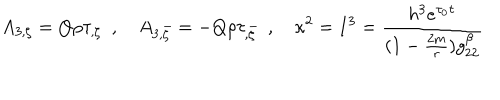
A _ { 3 , \zeta } = Q \rho \tau _ { , \zeta } \ \ , A _ { 3 , \bar { \zeta } } = - Q \rho \tau _ { , \bar { \zeta } } \ \ , \kappa ^ { 2 } = I ^ { 3 } = { \frac { h ^ { 3 } e ^ { \tau _ { 0 } \tau } } { ( 1 - { \frac { 2 m } { r } } ) g _ { 2 2 } ^ { \beta } } }